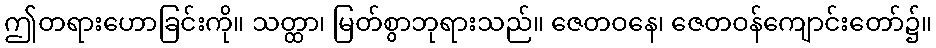
ဤတရားဟောခြင်းကို။ သတ္ထာ၊ မြတ်စွာဘုရားသည်။ ဇေတဝနေ၊ ဇေတဝန်ကျောင်းတော်၌။